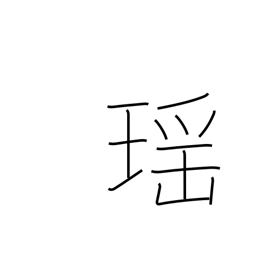
Meaning: beautiful as a jewel